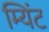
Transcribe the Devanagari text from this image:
म्यिंट